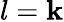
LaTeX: l=\mathbf{k}